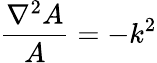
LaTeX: {\frac{\nabla^{2}A}{A}}=-k^{2}